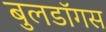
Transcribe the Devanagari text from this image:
बुलडॉगस